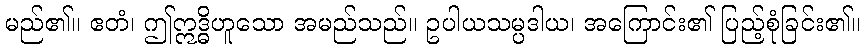
မည်၏။ ဧတံ၊ ဤဣဒ္ဓိဟူသော အမည်သည်။ ဥပါယသမ္ပဒါယ၊ အကြောင်း၏ ပြည့်စုံခြင်း၏။